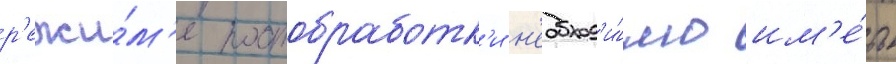
р'ежи́м'е постобработк'и н'еобход'и́мо им'е́ть